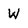
Character: W